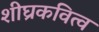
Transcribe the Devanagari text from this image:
शीघ्रकवित्व